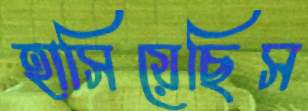
হাসিয়েছিস